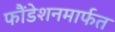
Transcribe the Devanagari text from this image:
फौंडेशनमार्फत